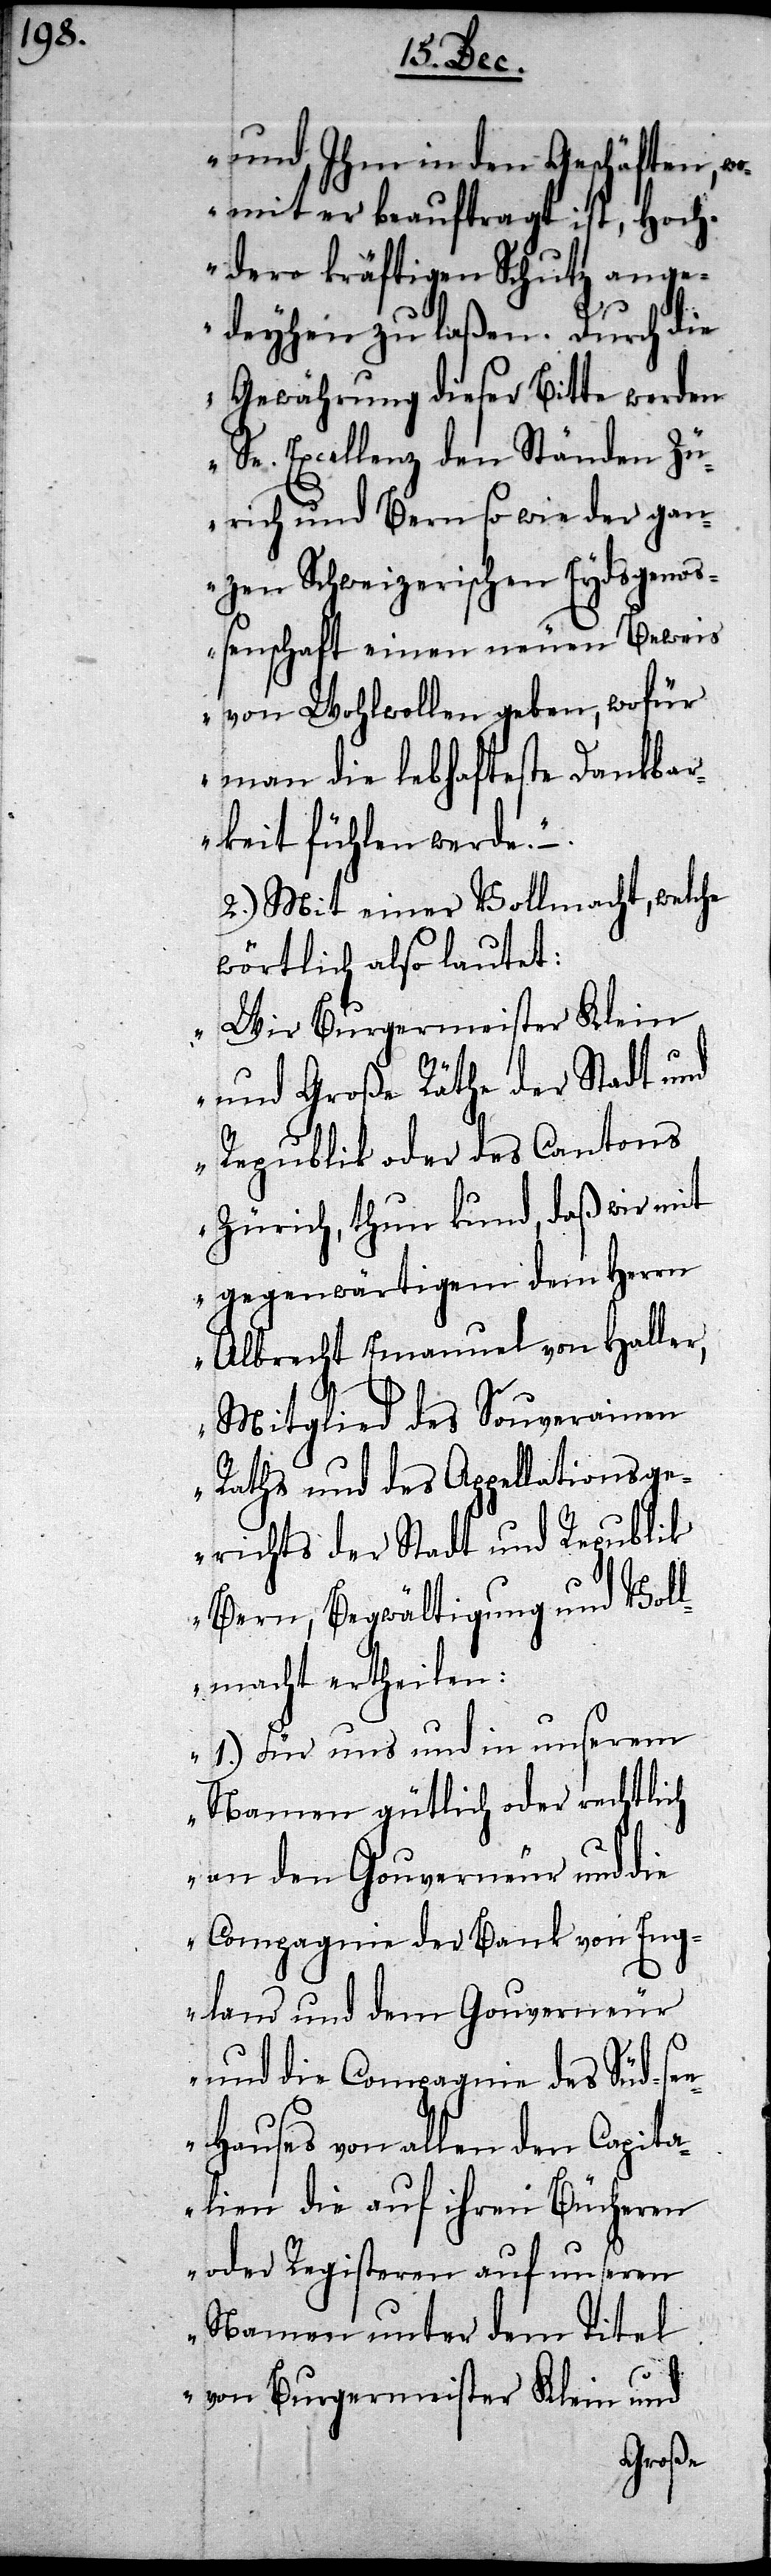
und Ihm in den Geschäften, wo¬
mit er beauftragt ist, Hoch¬
dero kräftigen Schutz ange¬
deyhen zu laßen. Durch die
Gewährung dieser Bitte werden
Se. Excellenz den Ständen Zü¬
rich und Bern so wie der gan¬
zen Schweizerischen Eydsgenoß¬
enschaft einen neuen Beweis
von Wohlwollen geben, wofür
man die lebhafteste Dankba¬
rkeit fühlen werde.“
2.) Mit einer Vollmacht, welche
wörtlich also lautet:
„Wir Burgermeister Klein
und Große Räthe der Stadt und
Republik oder des Cantons
Zürich, thun kund, daß wir mit
gegenwärtigem dem Herrn
Albrecht Emanuel von Haller,
Mitglied des Souverainen
Raths und des Appellationsg¬
erichts der Stadt und Republik
Bern, Begwältigung und Vol¬
lmacht ertheilen:
1.) Für uns und in unserem
Namen gütlich oder rechtlich
an den Gouverneur und die
Compagnie der Bank von Eng¬
land und dem Gouverneur
und die Compagnie des Südse¬
e-Hauses von allen den Capita¬
lien die auf ihren Bücheren
oder Registeren auf unseren
Namen unter dem Titel
von Burgermeister Klein und